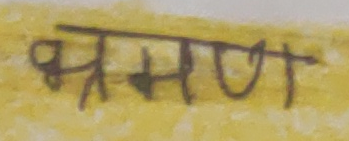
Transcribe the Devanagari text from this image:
भ्रमण